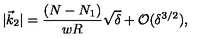
| \vec { k } _ { 2 } | = { \frac { ( N - N _ { 1 } ) } { w R } } \sqrt { \delta } + { \mathcal { O } } ( \delta ^ { 3 / 2 } ) ,